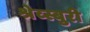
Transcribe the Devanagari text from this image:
श्रेव्स्बुरी